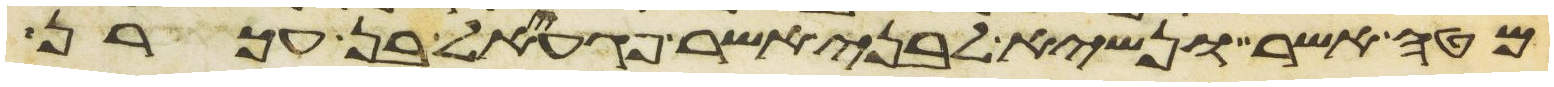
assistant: מטה אשר ונשיא לבני אשר פגעאל בן עכרן